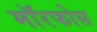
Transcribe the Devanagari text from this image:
मॉरफोस